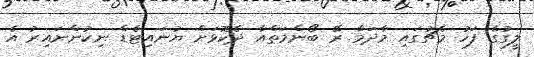
ލީގުގެ ފަހު މެޗުގައި މާދަމާ ރޭ ބޯންމަތްއާ ދެކޮޅަށް ޔުނައިޓެޑް ނިކުންނައިރު އެ